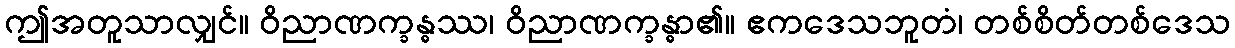
ဤအတူသာလျှင်။ ဝိညာဏက္ခန္ဓဿ၊ ဝိညာဏက္ခန္ဓာ၏။ ဧကဒေသဘူတံ၊ တစ်စိတ်တစ်ဒေသ